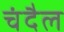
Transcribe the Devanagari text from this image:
चंदैल